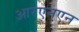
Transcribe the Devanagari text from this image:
आरएनएन